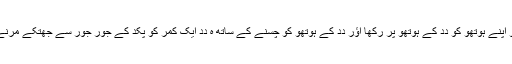
اَب وو اَپنے ہوتھو کو دِدِ کے ہوتھو پر رکھا اؤر دِدِ کے ہوتھو کو چُسنے کے ساتھ ہِ دِدِ ایک کمر کو پکد کے جور جور سے جھتکے مرنے لگا۔